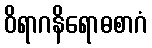
ဝိရာဂနိရောဓစာဂံ